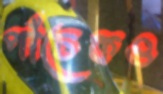
পাঁচেকও